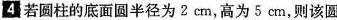
4若圆柱的底面圆半径为2cm，高为5cm，则该圆